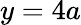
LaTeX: y=4a